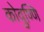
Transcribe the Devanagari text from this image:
कोवुण्णि